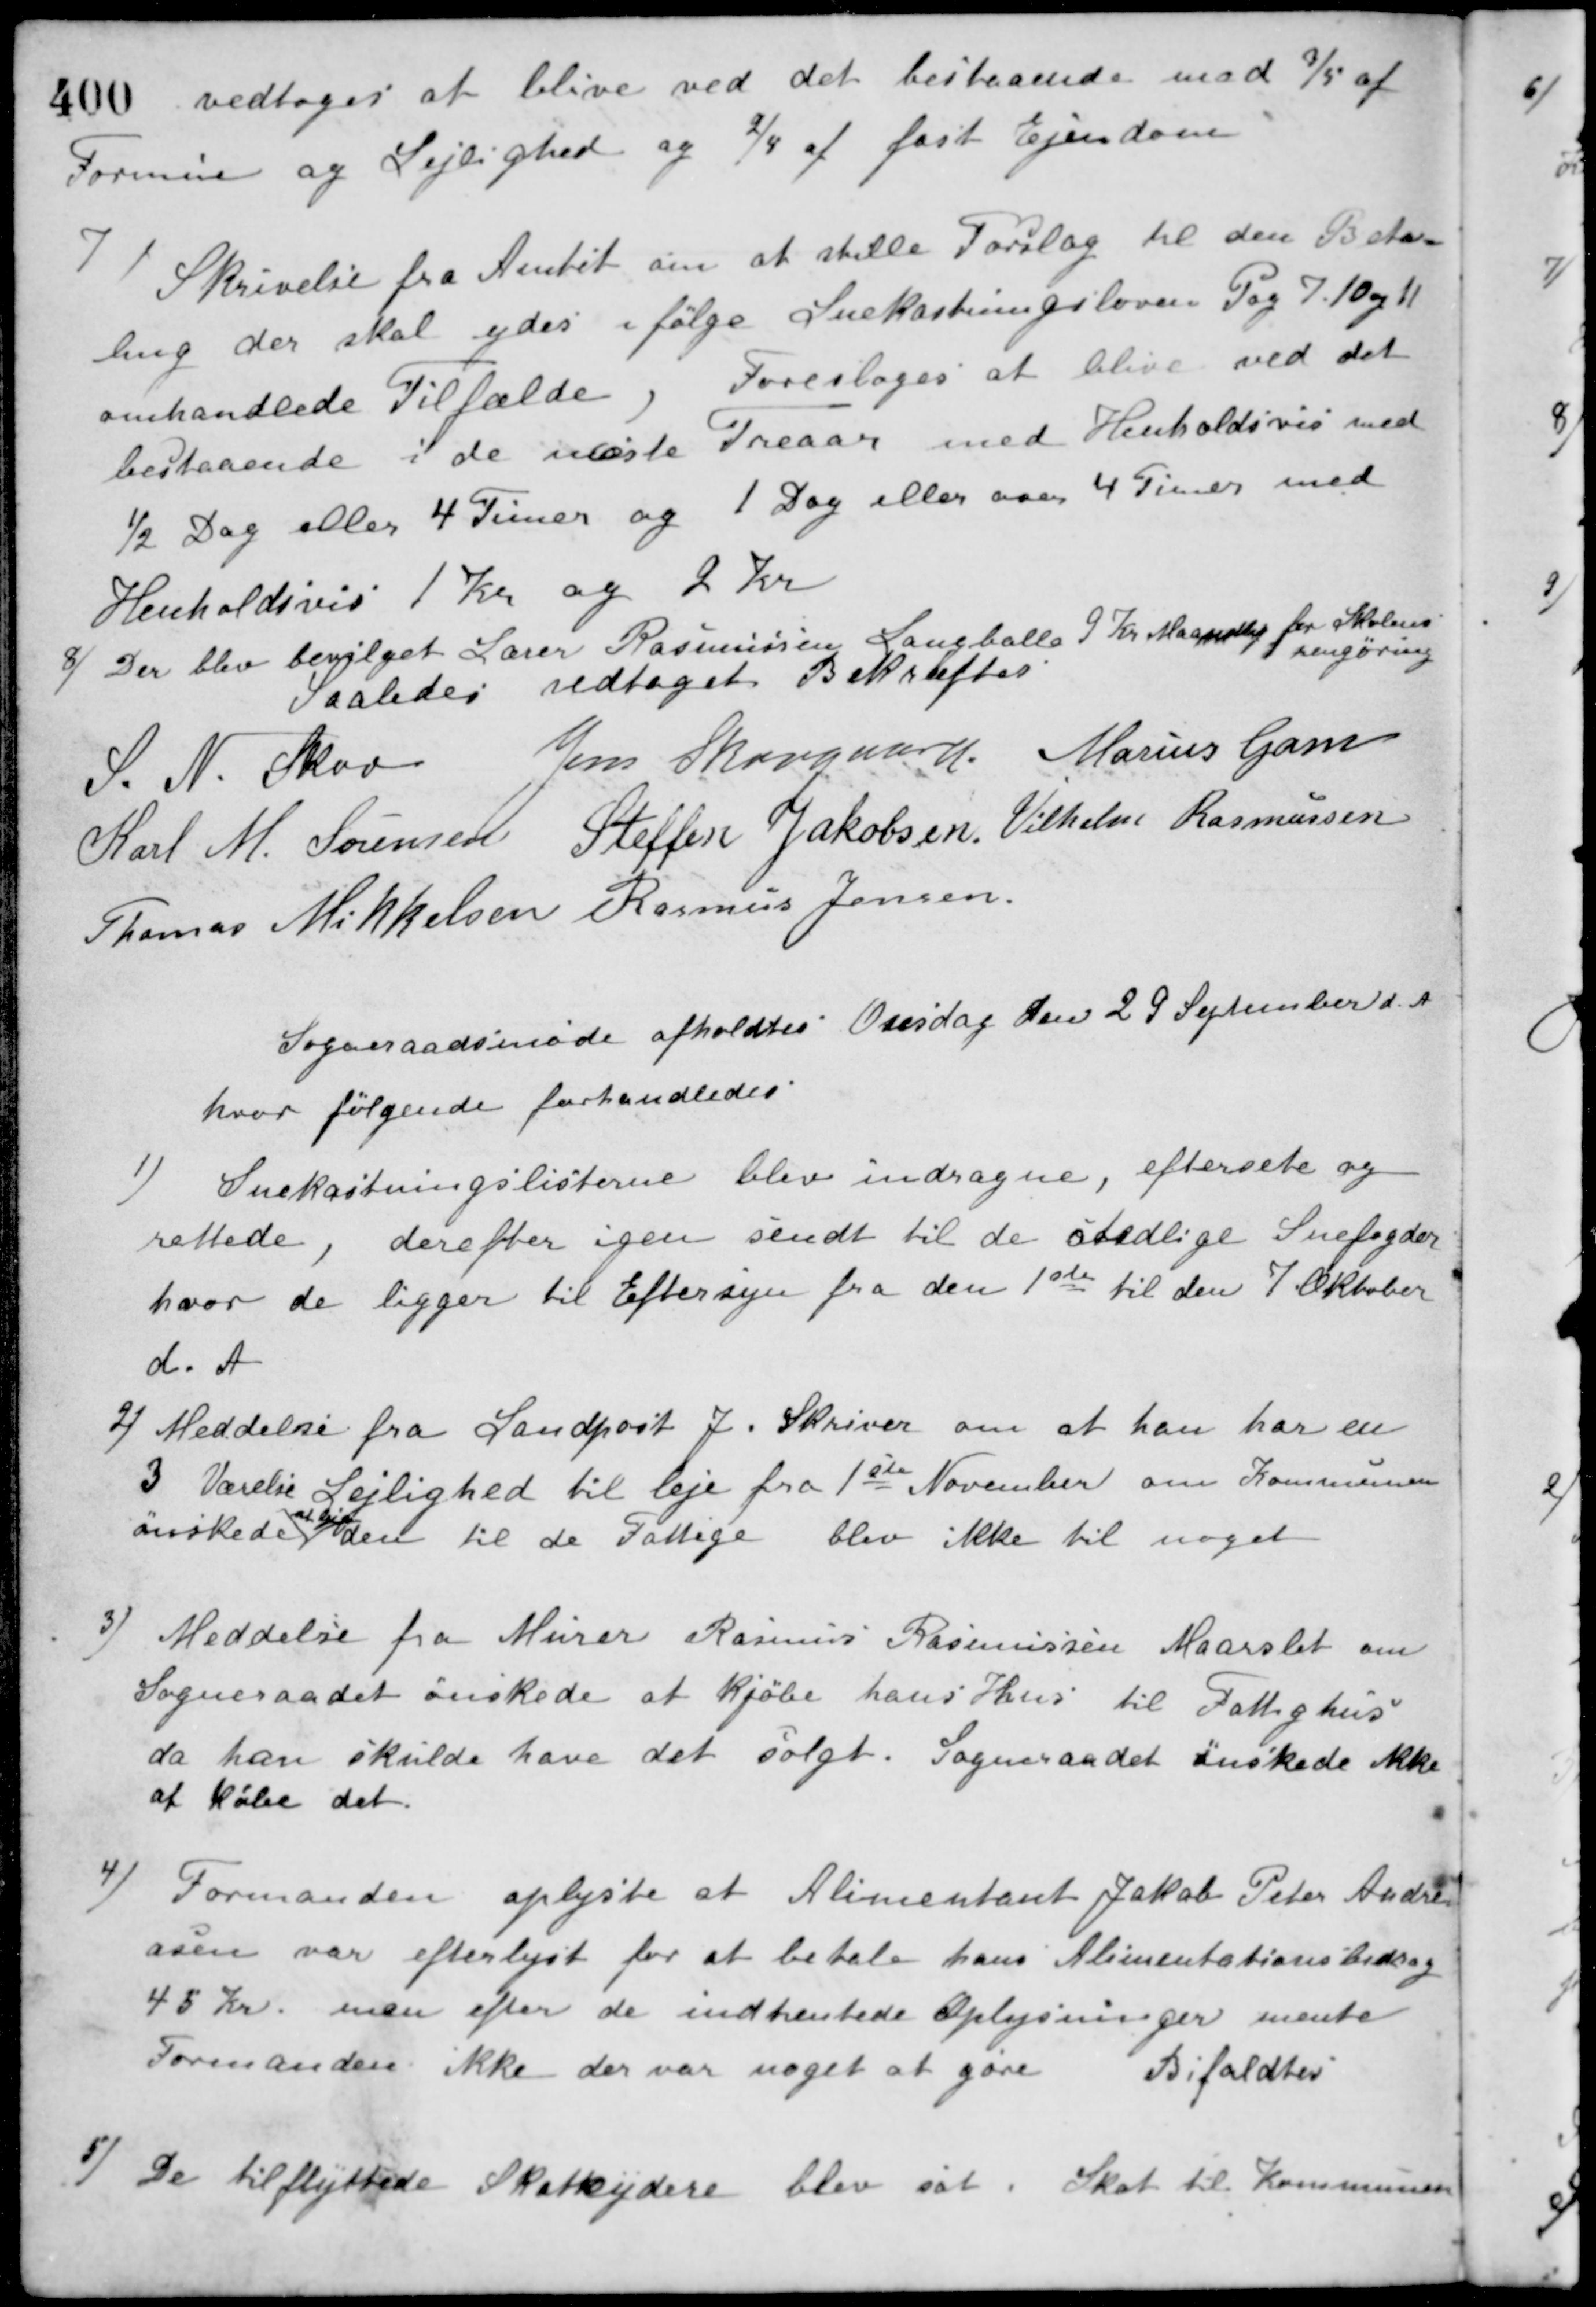
Transskription:
vedtoges at blive ved det bestaaende med 3/5 af
Formue og Lejlighed og 2/4 af fast Ejendom
7) Skrivelse fra Amtet om at stille Forslag til den Beta-
ling der skal ydes ifølge Snekastningsloven Pag 7, 10 og 11
omhandlede Tilfælde. Foresloges at blive ved det
bestaaende i de næste Treaar med Henholdsvis med
½ Dag eller 4 Timer og 1 Dag eller over 4 Timer med
Henholdsvis 1 Kr. og 2 Kr.
8) Der blev bevilget Lærer Rasmussen Langballe 1 Kr Maanedlig for Skolens
rengøring
Saaledes vedtaget Bekræftes
S. N. Skov Jens Skovgaard Marius Gam
Karl M. Sørensen Steffen Jakobsen Vilhelm Rasmussen
Thomas Mikkelsen Rasmus Jensen
Sogneraadsmøde afholdtes Onsdag den 29 September d. A.
hvor følgende forhandledes
1) Snekastningslisterne blev indragne, eftersete og
rettede, derefter igen sendt til de stedlige Snefogder
hvor de ligger til Eftersyn fra den 1ste til den 7 Oktober
d. A
2) Meddelse fra Landpost J. Skriver om at han har en
3 Værelse Lejlighed til leje fra 1ste November om Kommunen
ønskede
at leje
den til de Fattige blev ikke til noget
3) Meddelse fra Murer Rasmus Rasmussen Maarslet om
Sogneraadet ønskede at kjøbe hans Hus til Fattighus
da han skulde have det solgt. Sogneraadet ønskede ikke
at købe det.
4) Formanden oplyste at Alimentant Jakob Peter Andre-
asen var efterlyst for at betale hans Alimentationsbidrag
45 Kr. men efter de indhentede Oplysninger mente
Formanden ikke der var noget at gøre
Bifaldtes
5) De tilflyttede Skatteydere blev sat i Skat til Kommunen